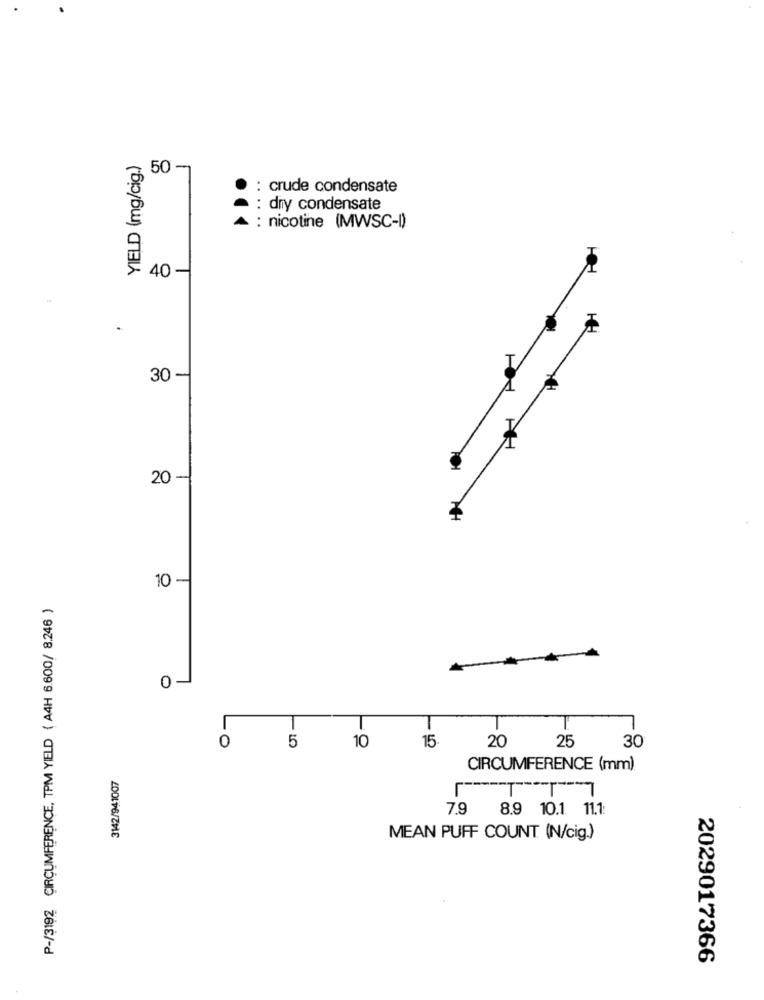
YIELD (mg/cig.)
2 50
: crude condensate
: dry condensate
: nicotine (MWSC-I)
40 -
30 -
20
10
-
P-/3192 CIRCUMFERENCE, TPM YIELD ( A4H 6.600/ 8.246 )
-O
5
10
15
20
25
30
3142/941007
CIRCUMFERENCE (mm)
-TT7
8.9 10.1 11.1:
7.9
MEAN PUFF COUNT (N/cig.)
2029017366